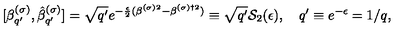
[ \beta _ { q ^ { \prime } } ^ { ( \sigma ) } , \hat { \beta } _ { q ^ { \prime } } ^ { ( \sigma ) } ] = \sqrt { q ^ { \prime } } e ^ { - \frac { \epsilon } { 2 } ( \beta ^ { ( \sigma ) 2 } - \beta ^ { ( \sigma ) \dagger 2 } ) } \equiv \sqrt { q ^ { \prime } } { \cal S } _ { 2 } ( \epsilon ) , \quad q ^ { \prime } \equiv e ^ { - \epsilon } = 1 / q { , }